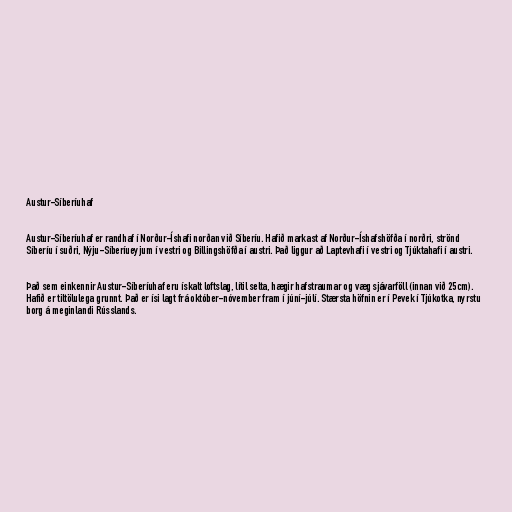
Austur-Síberíuhaf

Austur-Síberíuhaf er randhaf í Norður-Íshafi norðan við Síberíu. Hafið markast af Norður-Íshafshöfða í norðri, strönd
Síberíu í suðri, Nýju-Síberíueyjum í vestri og Billingshöfða í austri. Það liggur að Laptevhafi í vestri og Tjúktahafi í austri.

Það sem einkennir Austur-Síberíuhaf eru ískalt loftslag, lítil selta, hægir hafstraumar og væg sjávarföll (innan við 25cm).
Hafið er tiltölulega grunnt. Það er ísi lagt frá október-nóvember fram í júní-júlí. Stærsta höfnin er í Pevek í Tjúkotka, nyrstu
borg á meginlandi Rússlands.